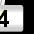
Digit: 4